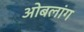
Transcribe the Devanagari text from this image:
ओबलांग